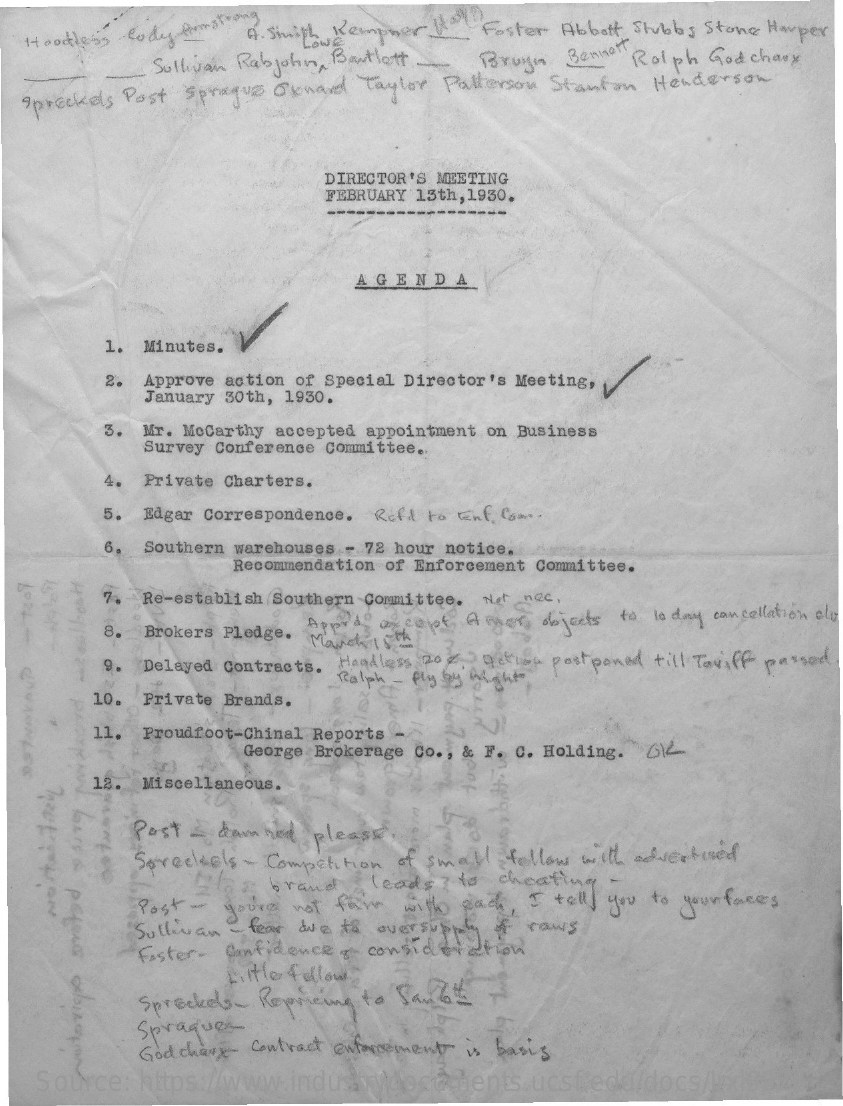
Ht godless -codes Armstrong A . Siniph Kempher its !! Foster Abbott, Stubbs Stone Harper
     - Sullivan Rabjohn, Bartlett-   Brugm   Bennen Rolph God chaux
  Spreckels Post Sprague Oxnard  Taylor Patterson Stanton  Henderson
     DIRECTOR'S MEETING
     FEBRUARY 13th, 1930.
     AGENDA
     1. Minutes.
     2. Approve action of Special Director's Meeting,
     January 30th, 1930.
     3. Mr. Mccarthy accepted appointment on Business
     Survey Conference Committee ..
     4. Private Charters.
     5. Edgar Correspondence. Reft ho whf. Com.
     6. Southern warehouses - 72 hour notice.
     Recommendation of Enforcement Committee.
     7. Re-establish Southern Committee. Net nec,
     8. Brokers Pledge. Mivel
     Apprde of cont Atover, objects to today cancellation elu
     9. Delayed Contracts. Headless Rox. Detles postponed till Tariff passed
     Ralph - fly by night
     10. Private Brands.
     11. Proudfoot-Chinal Reports
     George Brokerage Co ., & F. C. Holding. 6)
     12. Miscellaneous.
     Post -  dannhed  please,
     Spreckels - Competition of small   follow with advertised
     Blog  brand   , leads ? to  cheating.
     Post - youre  not far   with each, I  tell you to your faces
     Sullivan - fear due to oversupply
     Foster- Confidence,  consideration
     my  # raws
     Little follow
     Spreckels- Repricing to Sanft
     Spraques
     God chave- contract enforcement is basis
    Source:  https://www.industrydocuments.ucsf.edu/docs/lrxl0226